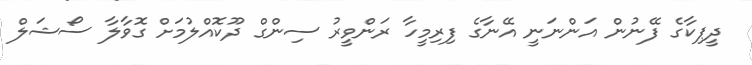
ދީޕިކާގެ ފޭނުން އަންނަނީ އޭނާގެ ފިރިމީހާ ރަންވީރު ސިންގް ދޫކޮއްލުމަށް ގޮވާލާ ސޯޝަލް